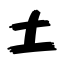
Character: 土